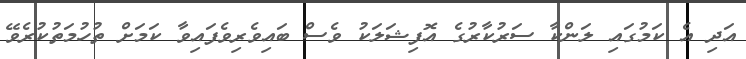
އަދި އެ ކަމުގައި ލަންކާ ސަރުކާރުގެ އޮފިޝަލަކު ވެސް ބައިވެރިވެފައިވާ ކަމަށް ތުހުމަތުކުރެވޭ